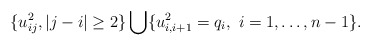
\begin{gather*}\{u_{ij}^2, |j-i| \ge 2 \} \bigcup \{u_{i,i+1}^2=q_i,~i=1,\ldots,n-1 \}.\end{gather*}